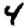
Digit: 4